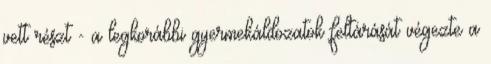
vett részt - a legkorábbi gyermekáldozatok feltárását végezte a